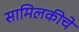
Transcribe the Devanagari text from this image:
सामिलकीचे